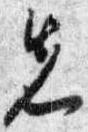
先